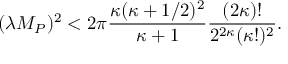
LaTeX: ( \lambda M _ { P } ) ^ { 2 } < 2 \pi \frac { \kappa ( \kappa + 1 / 2 ) ^ { 2 } } { \kappa + 1 } \frac { ( 2 \kappa ) ! } { 2 ^ { 2 \kappa } ( \kappa ! ) ^ { 2 } } .